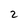
Character: 2